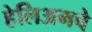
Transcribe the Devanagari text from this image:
हेलिअमचे